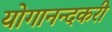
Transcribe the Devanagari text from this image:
योगानन्दकरी